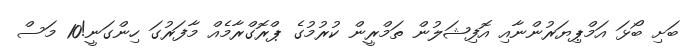
ބަށި ބޯޅަ އަމްޕިޔަރުންނާއި އޮފިޝަލުން ތަމްރީން ކުރުމުގެ ޕްރޮގްރާމެއް މާފަރުގަ ހިންގަނީ!10 މަސް